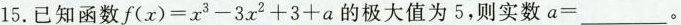
15.已知函数$$f( x ) = x ^ { 3 } - 3 x ^ { 2 } + 3 + a$$的极大值为5，则实数$$a = $$___。